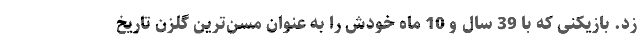
زد. بازیکنی که با 39 سال و 10 ماه خودش را به عنوان مسن‌ترین گلزن تاریخ